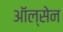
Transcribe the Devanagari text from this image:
ऑल्सेन